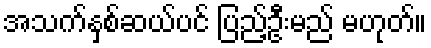
အသက်နှစ်ဆယ်ပင် ပြည့်ဦးမည် မဟုတ်။